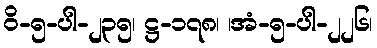
ဝိ-၅-ပါ-၂၃၅၊ ဋ္ဌ-၁၇၈၊ ၊အံ-၅-ပါ-၂၂၆၊